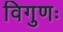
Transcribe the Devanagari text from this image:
विगुणः